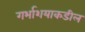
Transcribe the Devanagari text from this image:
गर्भाशयाकडील